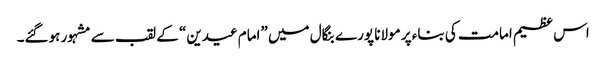
اس عظیم امامت کی بناء پر مولانا پورے بنگال میں ”امام عیدین“ کے لقب سے مشہور ہوگئے۔